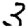
Digit: 3